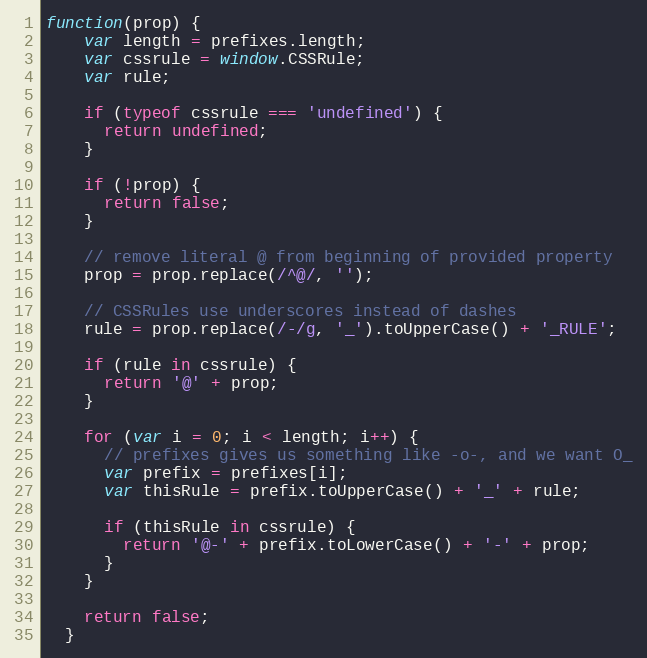
Language: JavaScript
function(prop) {
    var length = prefixes.length;
    var cssrule = window.CSSRule;
    var rule;

    if (typeof cssrule === 'undefined') {
      return undefined;
    }

    if (!prop) {
      return false;
    }

    // remove literal @ from beginning of provided property
    prop = prop.replace(/^@/, '');

    // CSSRules use underscores instead of dashes
    rule = prop.replace(/-/g, '_').toUpperCase() + '_RULE';

    if (rule in cssrule) {
      return '@' + prop;
    }

    for (var i = 0; i < length; i++) {
      // prefixes gives us something like -o-, and we want O_
      var prefix = prefixes[i];
      var thisRule = prefix.toUpperCase() + '_' + rule;

      if (thisRule in cssrule) {
        return '@-' + prefix.toLowerCase() + '-' + prop;
      }
    }

    return false;
  }